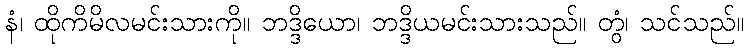
နံ၊ ထိုကိမိလမင်းသားကို။ ဘဒ္ဒိယော၊ ဘဒ္ဒိယမင်းသားသည်။ တွံ၊ သင်သည်။